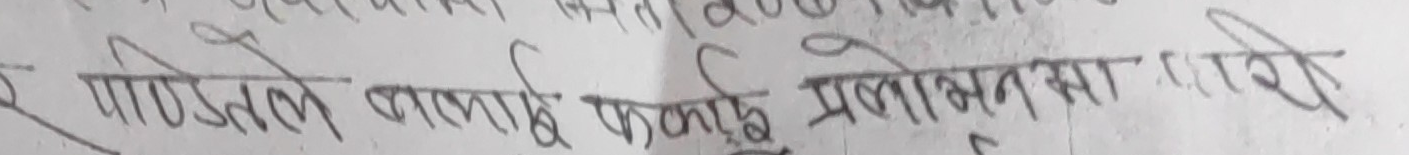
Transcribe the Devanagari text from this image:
र पाण्डनले नलाग्ने फलाहि प्रलोभनमा पारी